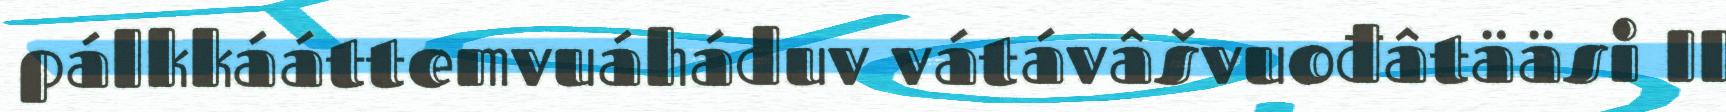
pálkkááttemvuáháduv vátávâšvuođâtääsi II